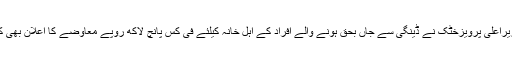
وزیراعلیٰ پرویزخٹک نے ڈینگی سے جاں بحق ہونے والے افراد کے اہل خانہ کیلئے فی کس پانچ لاکھ روپے معاوضے کا اعلان بھی کیا۔